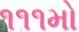
૧૧૧મો